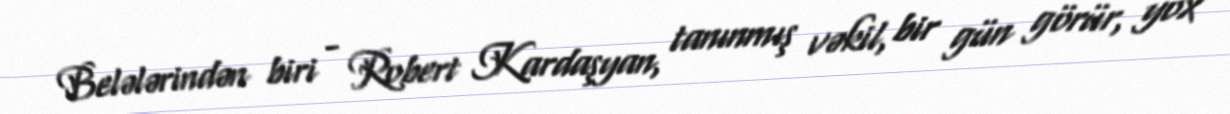
Belələrindən biri - Robert Kardaşyan, tanınmış vəkil, bir gün görür, yox